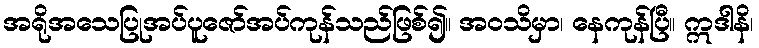
အရိုအသေပြုအပ်ပူဇော်အပ်ကုန်သည်ဖြစ်၍။ အဝသိမှာ၊ နေကုန်ပြီ။ ဣဒါနိ၊